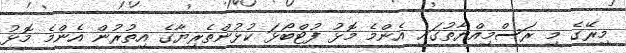
މިރޭގެ މި ރަސްމިއްޔާތުގައި އެންމެ މޮޅު ފުޓްބޯޅަ ކުޅުންތެރިޔާގެ އިތުރުން އެންމެ މޮޅު